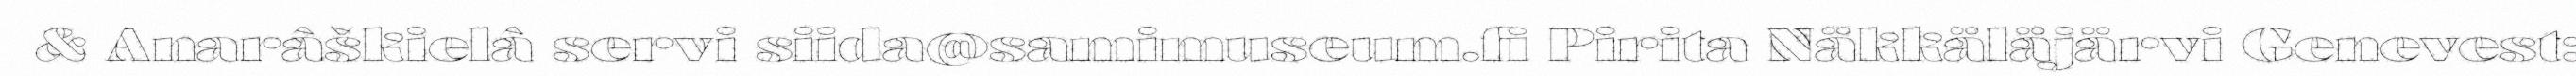
& Anarâškielâ servi siida@samimuseum.fi Pirita Näkkäläjärvi Genevest: